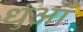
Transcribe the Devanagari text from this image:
धुंआँ